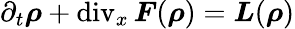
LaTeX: \partial_{t}\boldsymbol{\rho}+\operatorname{div}_{x}\boldsymbol{F}(\boldsymbol{\rho})=\boldsymbol{L}(\boldsymbol{\rho})